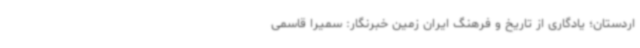
اردستان؛ یادگاری از تاریخ و فرهنگ ایران زمین خبرنگار: سمیرا قاسمی